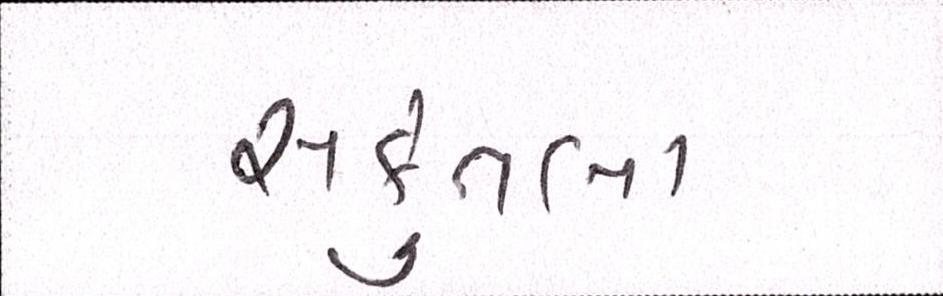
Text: સકુંતલા